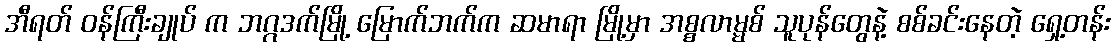
အီရတ် ဝန်ကြီးချုပ် က ဘဂ္ဂဒက်မြို့ မြောက်ဘက်က ဆမာရာ မြို့မှာ အစ္စလာမ္မစ် သူပုန်တွေနဲ့ စစ်ခင်းနေတဲ့ ရှေ့တန်း